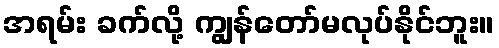
အရမ်း ခက်လို့ ကျွန်တော်မလုပ်နိုင်ဘူး။